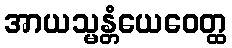
အာယသ္မန္တံယေဝေတ္ထ